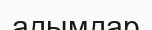
адымдар